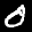
Label: 0